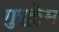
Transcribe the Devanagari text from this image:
गुइल्लेम